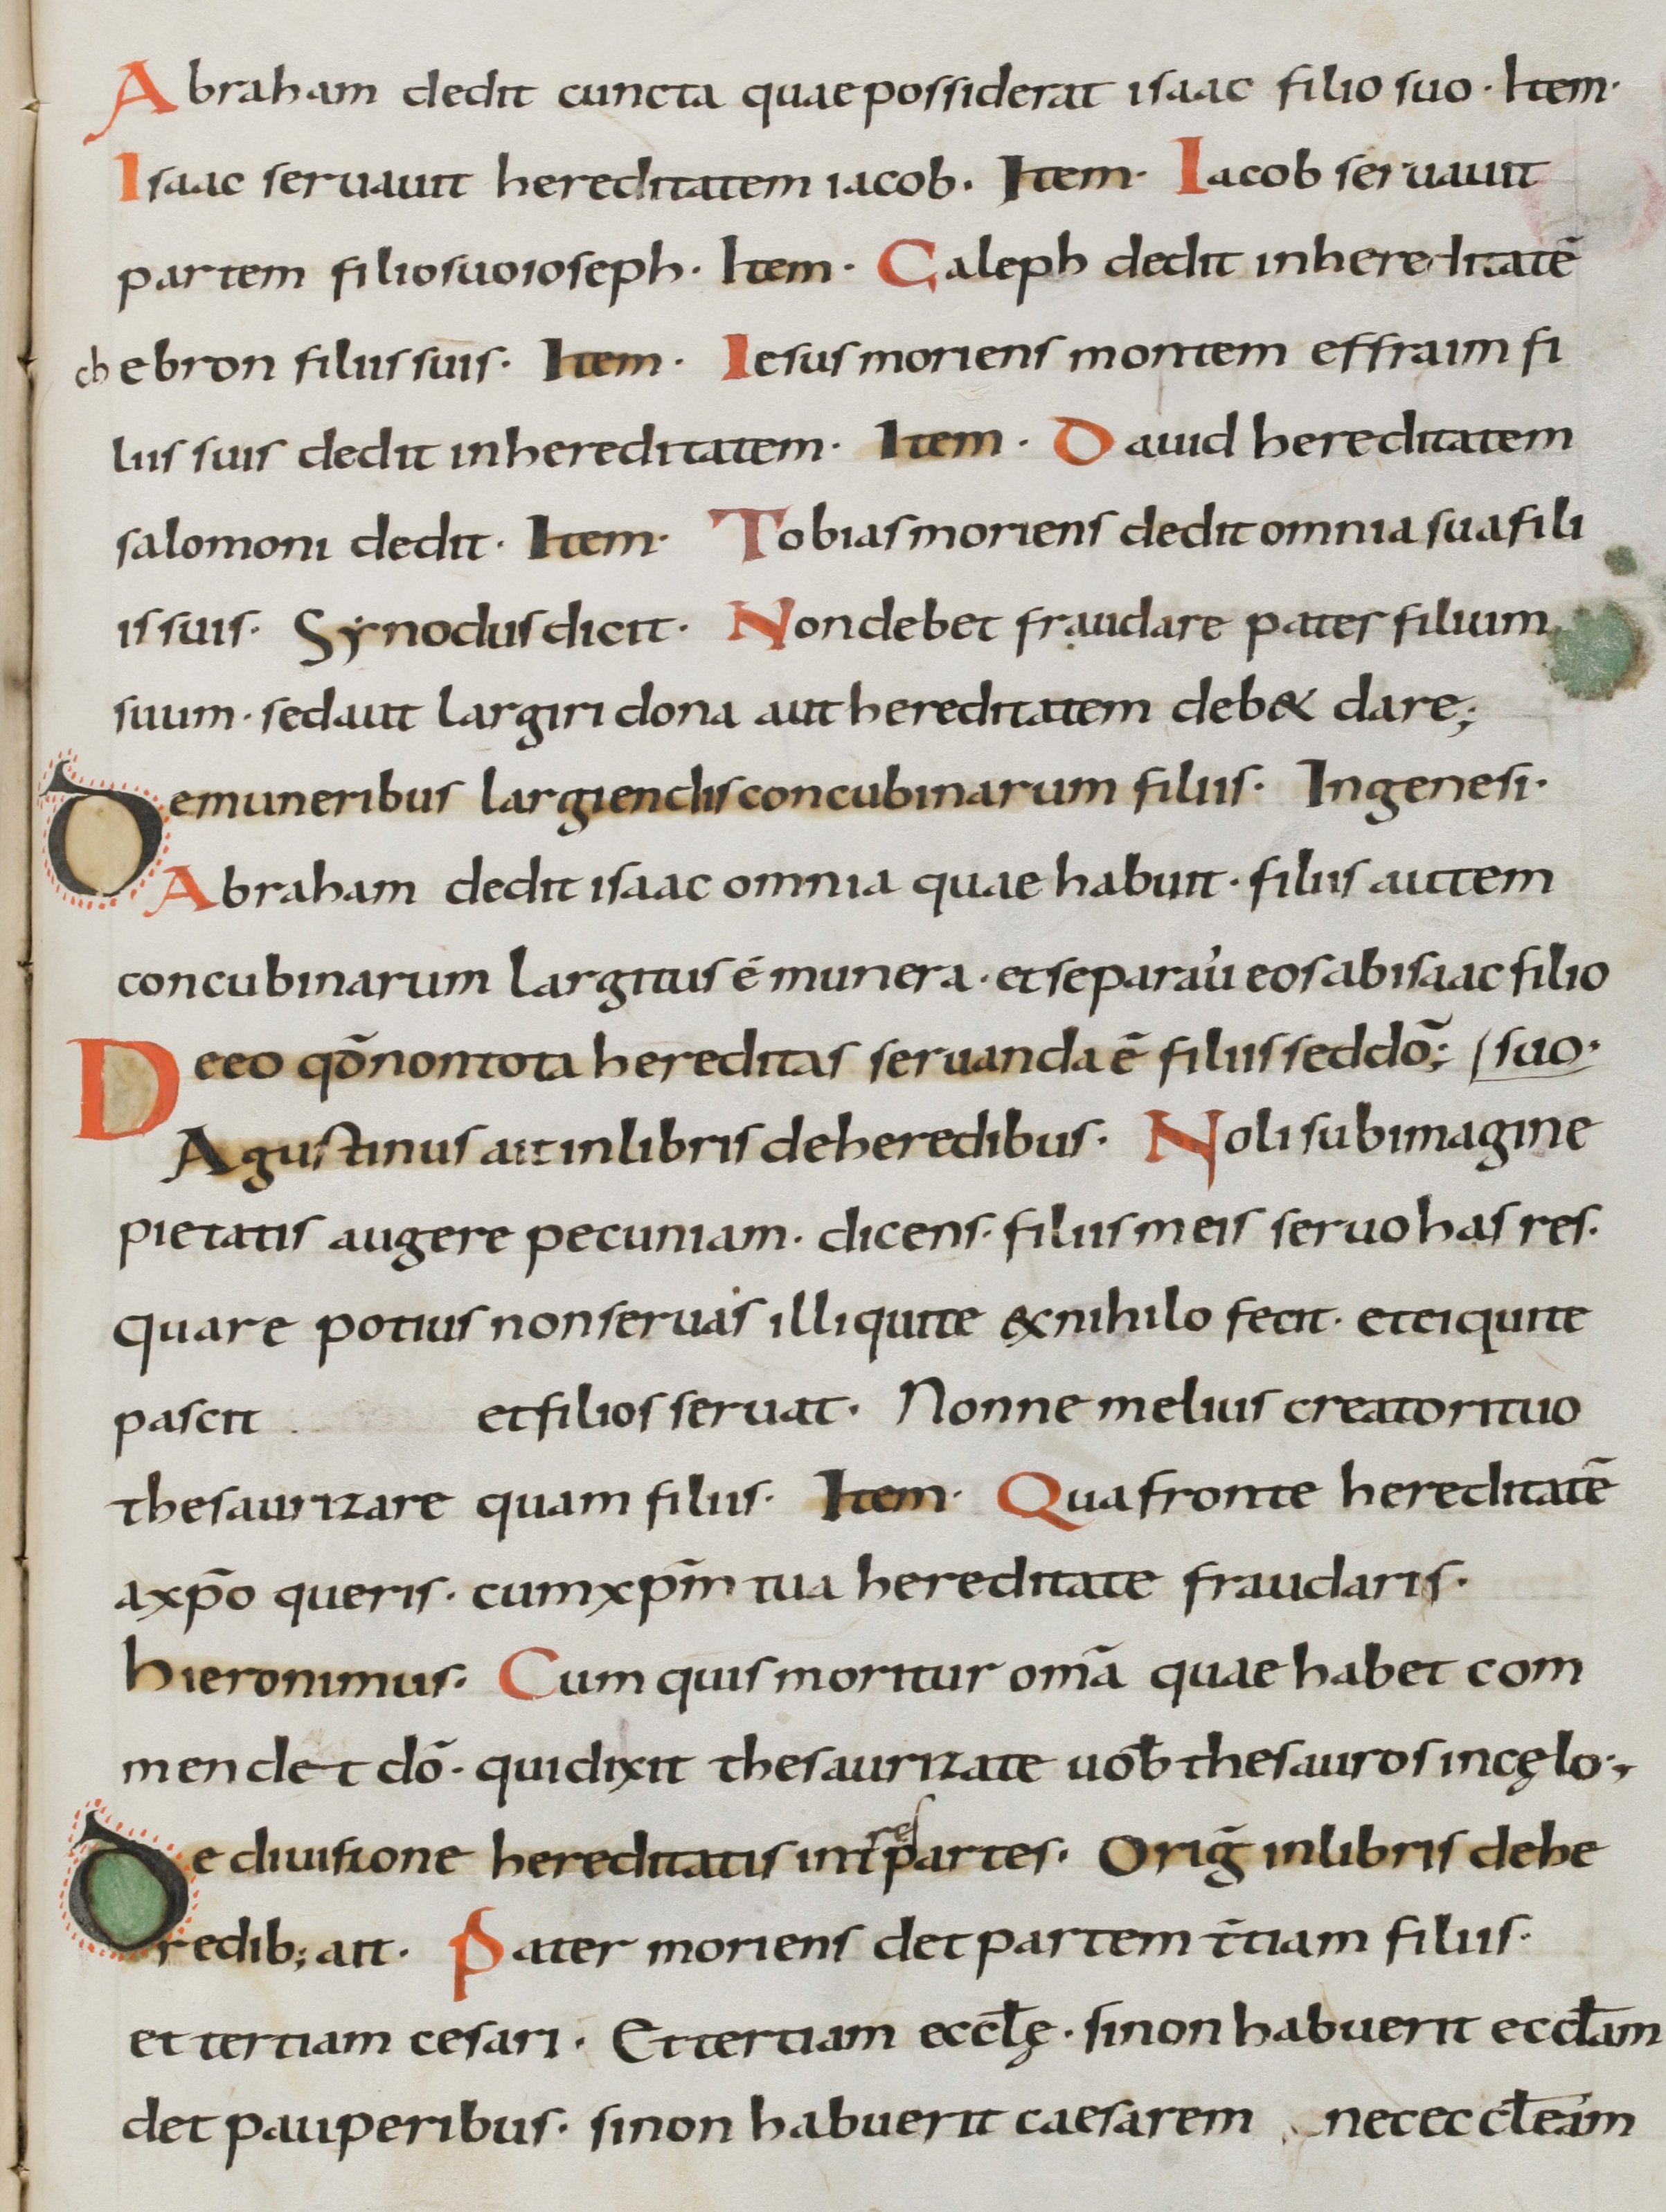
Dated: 800–899